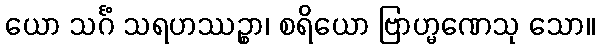
ယော သင်္ဂံ သရဟဿဉ္စာ၊ စရိယော ဗြာဟ္မဏေသု သော။